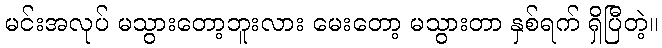
မင်းအလုပ် မသွားတော့ဘူးလား မေးတော့ မသွားတာ နှစ်ရက် ရှိပြီတဲ့။